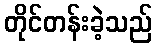
တိုင်တန်းခဲ့သည်